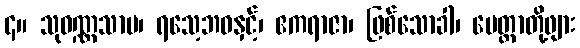
၄။ သုဝဏ္ဏသာမ၊ ရသေ့ဘဝနှင့်၊ ဧကရာဇာ၊ ဖြစ်သောခါ၊ မေတ္တာတို့ဖျား